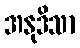
အနုဒိသာ